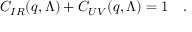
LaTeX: C _ { I R } ( q , \Lambda ) + C _ { U V } ( q , \Lambda ) = 1 \quad .